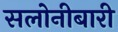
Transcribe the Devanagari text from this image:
सलोनीबारी